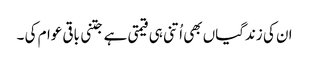
ان کی زندگیاں بھی اُتنی ہی قیمتی ہے جتنی باقی عوام کی ۔